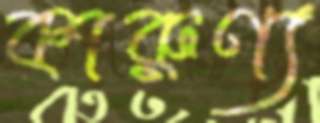
কারুণ্য